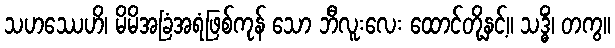
သဟဿေဟိ၊ မိမိအခြံအရံဖြစ်ကုန် သော ဘီလူးလေး ထောင်တို့နှင့်။ သဒ္ဓိံ၊ တကွ။